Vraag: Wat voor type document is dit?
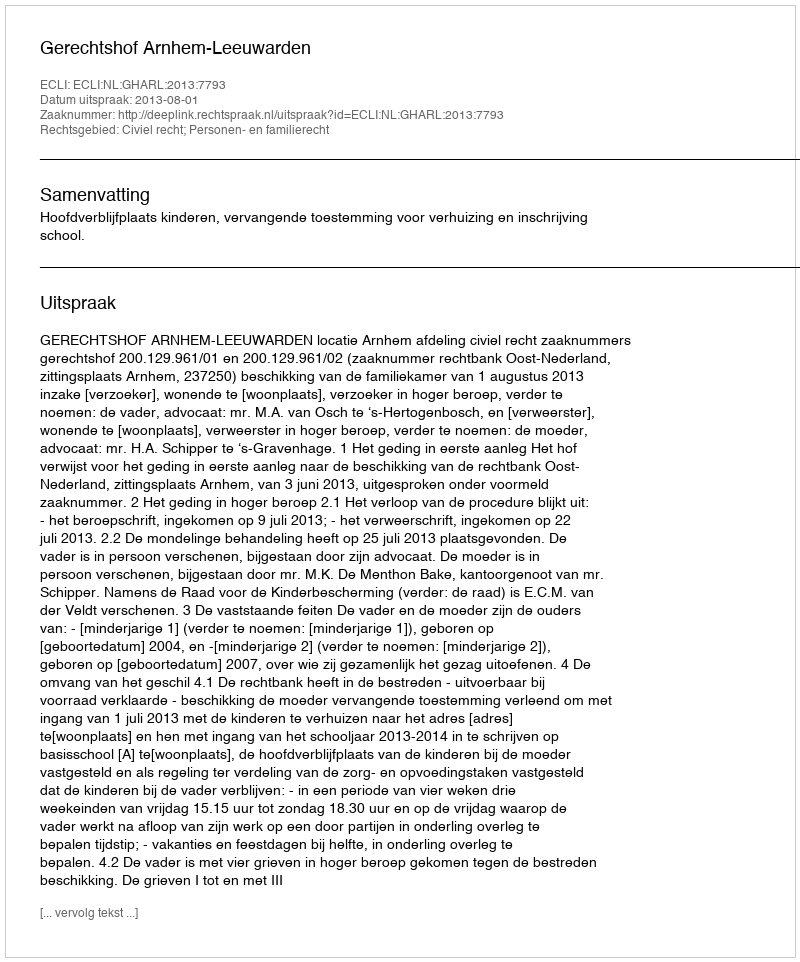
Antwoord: Uitspraak